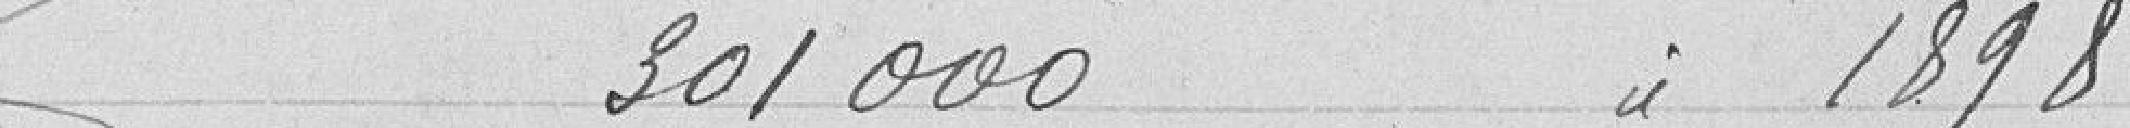
301000 idem 1898